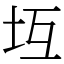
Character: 坘